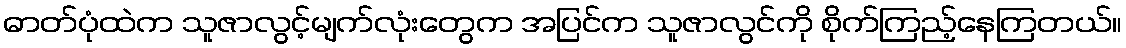
ဓာတ်ပုံထဲက သူဇာလွင့်မျက်လုံးတွေက အပြင်က သူဇာလွင်ကို စိုက်ကြည့်နေကြတယ်။